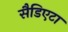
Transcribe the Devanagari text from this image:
सैडिएटा